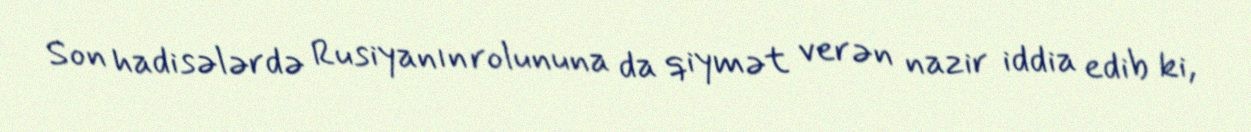
Son hadisələrdə Rusiyanın rolununa da qiymət verən nazir iddia edib ki,